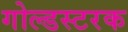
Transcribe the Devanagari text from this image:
गोल्डस्टरक